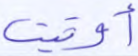
أوتيت